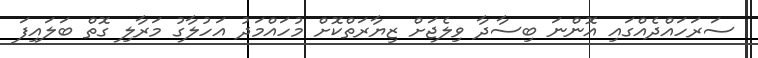
ސަރަހައްދެއްގައި އޮންނަ ބިސާދާ ވިލެޖަށް ޒިޔާރަތްކޮށް މުހައްމަދު އަހުލާގު މަރާލި ގޮތް ބަލައިފަ